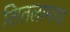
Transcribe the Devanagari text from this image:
शितलामाय